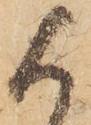
候